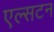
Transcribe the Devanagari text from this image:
एल्सटन